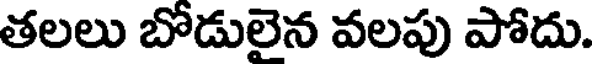
తలలు బోడులైన వలపు పోదు.